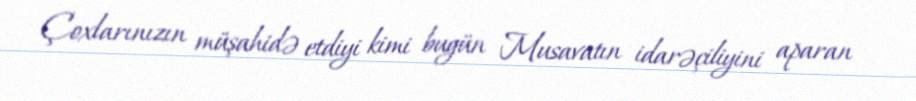
Çoxlarınızın müşahidə etdiyi kimi bugün Musavatın idarəçiliyini aparan